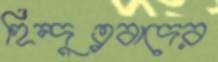
হিন্দুত্ববাদের